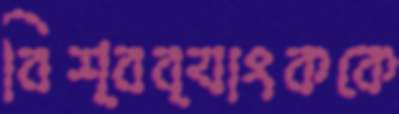
বিশ্বব্যাংককে